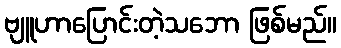
ဗျူဟာပြောင်းတဲ့သဘော ဖြစ်မည်။